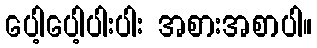
ပေါ့ပေါ့ပါးပါး အစားအစာပါ။